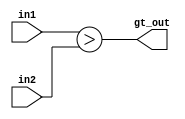
module greater_than #(parameter WIDTH = 4) (in1, in2, gt_out);

input [WIDTH-1:0] in1, in2;
output            gt_out;

assign gt_out = (in1 > in2);

endmodule